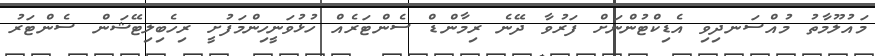
މައުލޫމާތު މުއްސަނދިވި އެޑިކްޓުންނަށް ފަރުވާ ދޭނެ ރިމާންޑް ސެންޓަރެއް ހުޅުވަނީހިންމަފުށީ ރިހެބިލިޓޭޝަން ސެންޓަރު